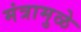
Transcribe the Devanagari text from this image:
मंत्रामुळे